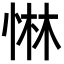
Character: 惏